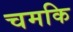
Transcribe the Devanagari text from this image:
चमकि